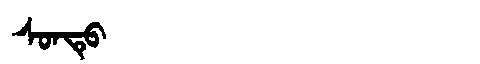
Manchu: ᠰᠣᠨᡨᡠ
Romanization: SONTU